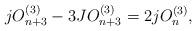
LaTeX: \begin{align*}jO_{n+3}^{(3)}-3JO_{n+3}^{(3)}=2jO_{n}^{(3)},\end{align*}